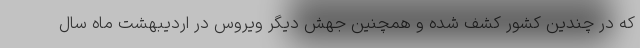
که در چندین کشور کشف شده و همچنین جهش دیگر ویروس در اردیبهشت ماه سال